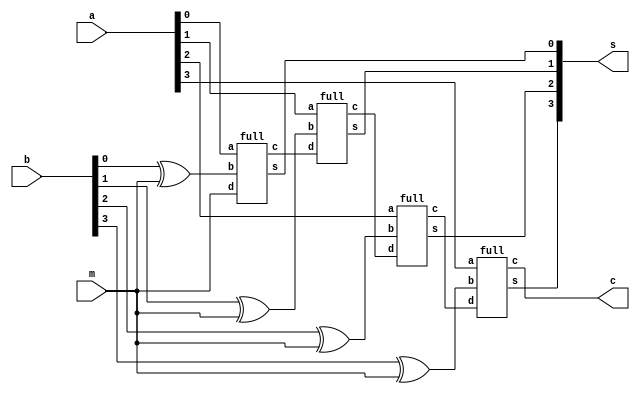
module add_subtract(a,b,m,s,c);
  
  input [3:0]a,b;
  input m;
  output [3:0]s;
  output c;
  wire c1,c2,c3;
  wire [3:0]var;
  
  xor x1(var[0],b[0],m);
  xor x2(var[1],b[1],m);
  xor x3(var[2],b[2],m);
  xor x4(var[3],b[3],m);
  
  full f0(s[0],c1,a[0],var[0],m);
  full f1(s[1],c2,a[1],var[1],c1);
  full f2(s[2],c3,a[2],var[2],c2);
  full f3(s[3],c,a[3],var[3],c3);
  
endmodule
  
module full(s,c,a,b,d);
  
  input a,b,d;
  output s,c;
  wire s1,c1,c2;
  
  half h0(s1,c1,a,b);
  half h1(s,c2,s1,d);
  or o1(c,c1,c2);
  
endmodule

module half(s,c,a,b);
  
  input a,b;
  output s,c;
  xor(s,a,b);
  and(c,a,b);
  
endmodule


module add_subtract_test;
  reg [3:0]a,b;
  reg m;
  wire [3:0]s;
  wire c;
  add_subtract test(a,b,m,s,c);
  integer count;
  initial begin
     $dumpfile("dump.vcd");
            $dumpvars;
    for(count=0;count<512;count=count+1)begin
      {m,a,b}=count;
      #20;
    end
  end
endmodule